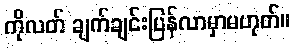
ကိုလတ် ချက်ချင်းပြန်လာမှာမဟုတ်။